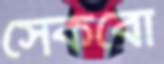
সেকবো